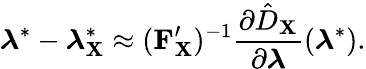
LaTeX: \boldsymbol{\lambda}^{*}-\boldsymbol{\lambda}_{\mathbf{X}}^{*}\approx(\mathbf{F}_{\mathbf{X}}^{\prime})^{-1}\frac{\partial\hat{D}_{\mathbf{X}}}{\partial\boldsymbol{\lambda}}(\boldsymbol{\lambda}^{*}).